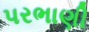
પરભાણી